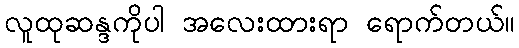
လူထုဆန္ဒကိုပါ အလေးထားရာ ရောက်တယ်။